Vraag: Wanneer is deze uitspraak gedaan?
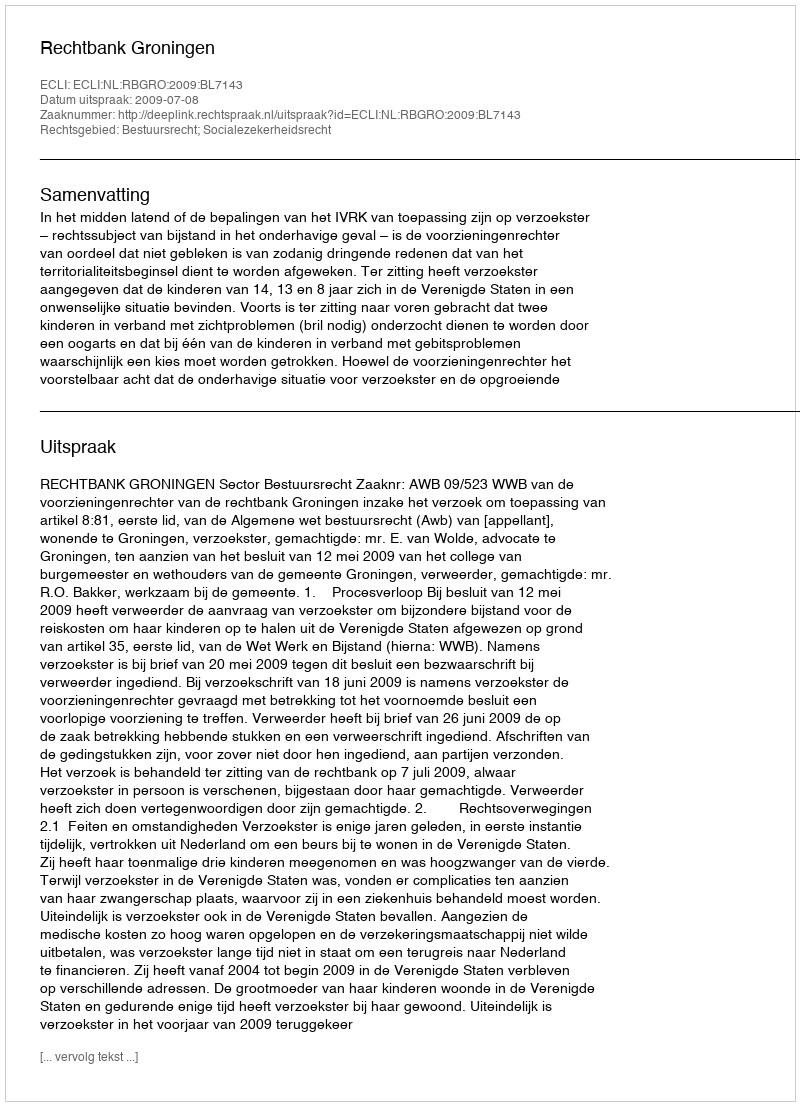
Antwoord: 2009-07-08